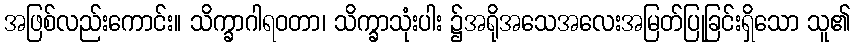
အဖြစ်လည်းကောင်း။ သိက္ခာဂါရဝတာ၊ သိက္ခာသုံးပါး ၌အရိုအသေအလေးအမြတ်ပြုခြင်းရှိသော သူ၏